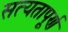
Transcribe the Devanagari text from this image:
सत्यतापूर्ण